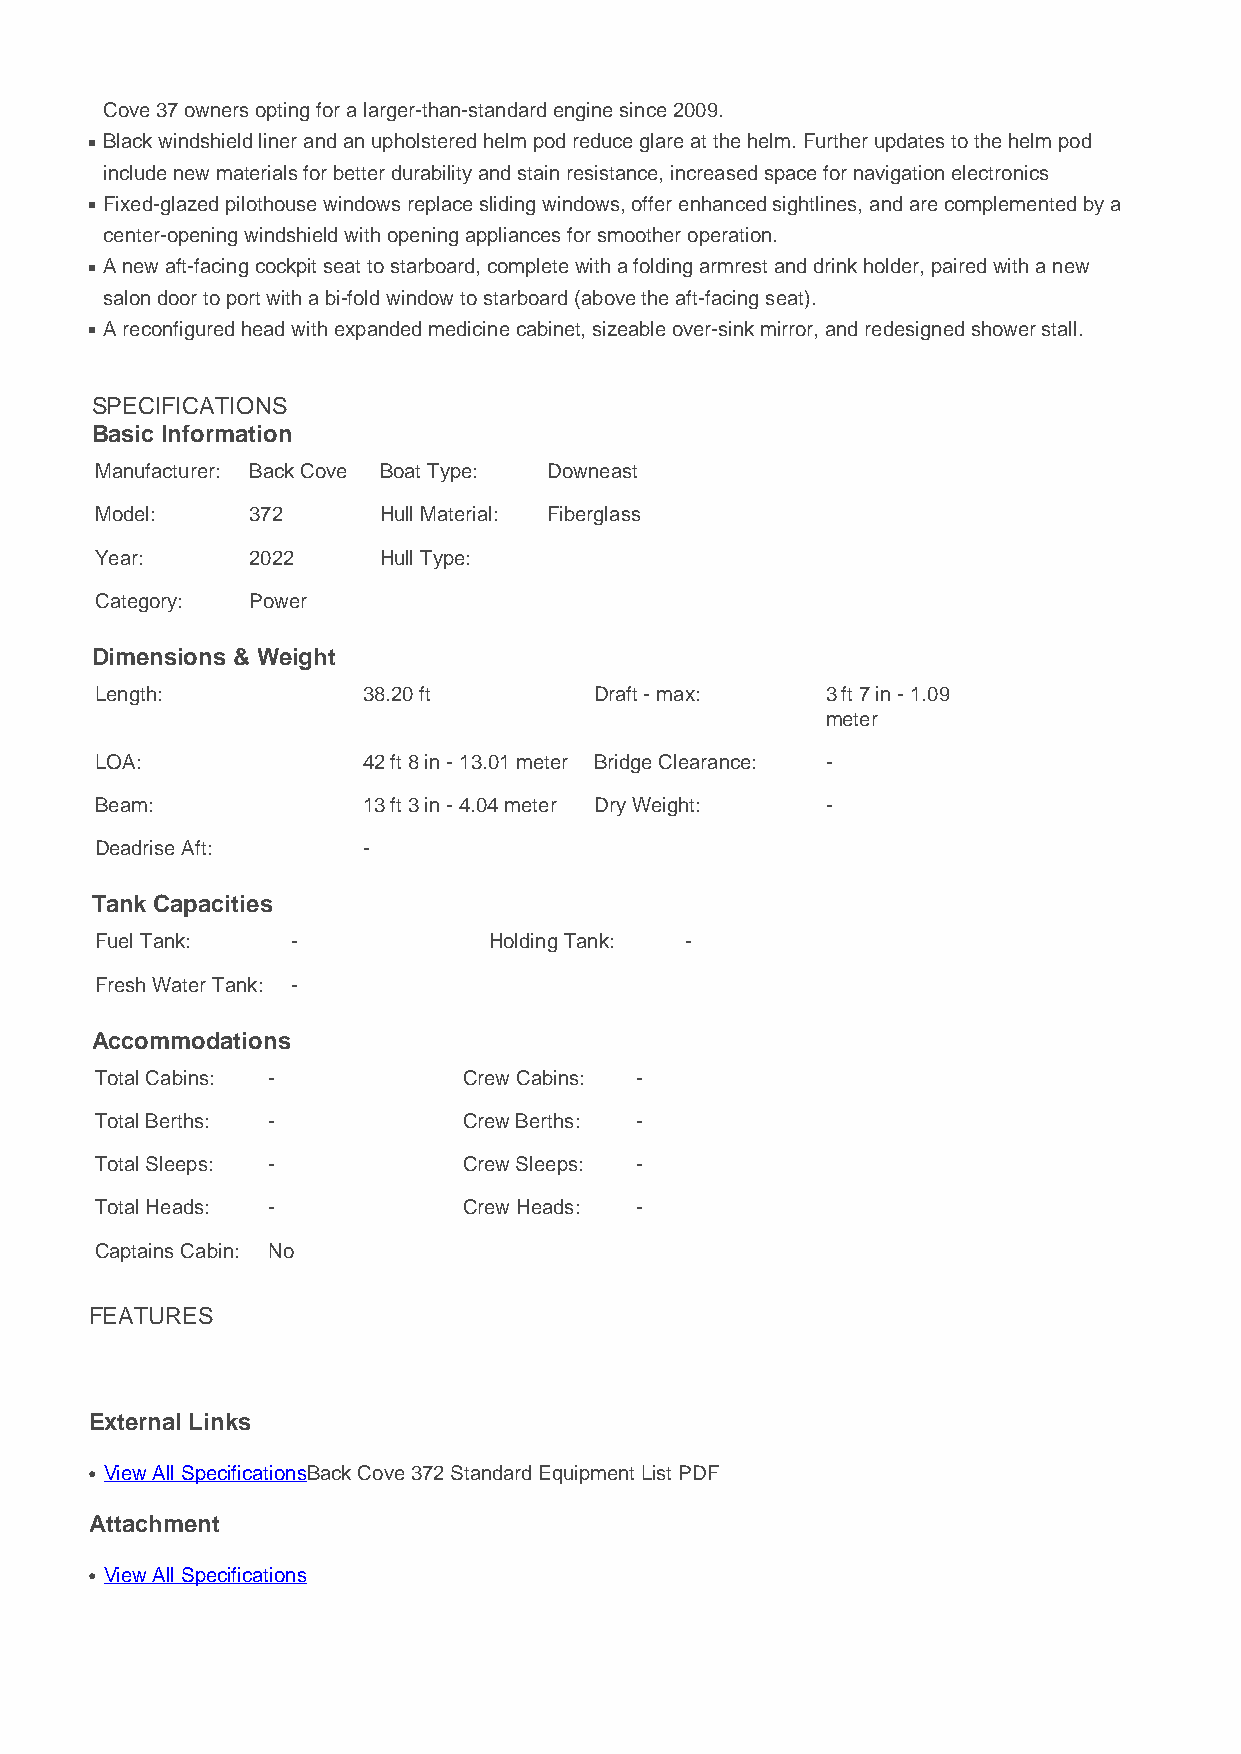
Cove 37 owners opting for a larger-than-standard engine since 2009.
 n Black windshield liner and an upholstered helm pod reduce glare at the helm. Further updates to the helm pod
 include new materials for better durability and stain resistance, increased space for navigation electronics
 n Fixed-glazed pilothouse windows replace sliding windows, offer enhanced sightlines, and are complemented by a
 center-opening windshield with opening appliances for smoother operation.
 n A new aft-facing cockpit seat to starboard, complete with a folding armrest and drink holder, paired with a new
 salon door to port with a bi-fold window to starboard (above the aft-facing seat).
 n A reconfigured head with expanded medicine cabinet, sizeable over-sink mirror, and redesigned shower stall.
 SPECIFICATIONS
 Basic Information
 Manufacturer: Back Cove Boat Type: Downeast
 Model:    372      Hull Material: Fiberglass
 Year:     2022     Hull Type:
 Category: Power
 Dimensions & Weight
 Length:           38.20 ft       Draft - max:    3 ft 7 in - 1.09
 meter
 LOA:              42 ft 8 in - 13.01 meter Bridge Clearance: -
 Beam:             13 ft 3 in - 4.04 meter Dry Weight: -
 Deadrise Aft:     -
 Tank Capacities
 Fuel Tank:   -            Holding Tank: -
 Fresh Water Tank: -
 Accommodations
 Total Cabins: -          Crew Cabins: -
 Total Berths: -          Crew Berths: -
 Total Sleeps: -          Crew Sleeps: -
 Total Heads: -           Crew Heads: -
 Captains Cabin: No
 FEATURES
 External Links
 l View All SpecificationsBack Cove 372 Standard Equipment List PDF
 Attachment
 l View All Specifications